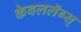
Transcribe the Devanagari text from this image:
केबललॅब्स्